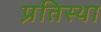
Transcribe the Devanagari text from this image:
प्रतिस्था